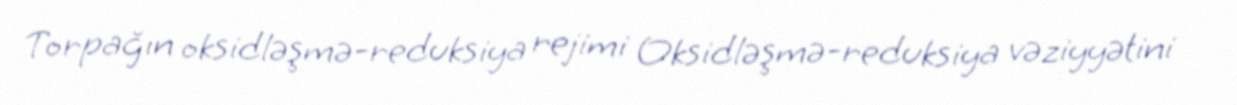
Torpağın oksidləşmə-reduksiya rejimi Oksidləşmə-reduksiya vəziyyətini